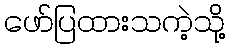
ဖော်ပြထားသကဲ့သို့